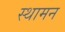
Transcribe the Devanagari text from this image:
स्थामन